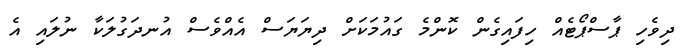
ދިވެހި ޕާސްޕޯޓެއް ހިފައިގެން ކޮންމެ ގައުމަކަށް ދިޔަޔަސް އެއްވެސް އުނދަގުލަކާ ނުލައި އެ